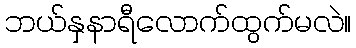
ဘယ်နှနာရီလောက်ထွက်မလဲ။